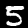
Digit: 5